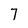
Character: 7